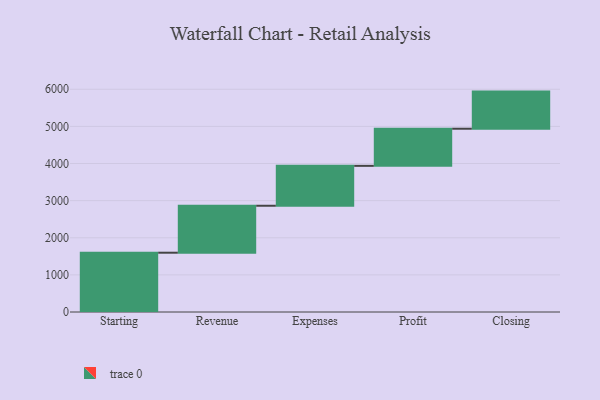
{"axis": {"x": "Step", "y": "Value"}, "legend": [""], "data": [{"x": "Starting", "y": 1597.0, "type": ""}, {"x": "Revenue", "y": 1265.0, "type": ""}, {"x": "Expenses", "y": 1075.0, "type": ""}, {"x": "Profit", "y": 1000, "type": ""}, {"x": "Closing", "y": 1000, "type": ""}]}